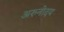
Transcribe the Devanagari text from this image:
अरुनोदय